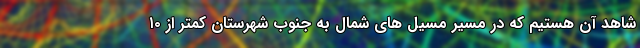
شاهد آن هستیم که در مسیر مسیل های شمال به جنوب شهرستان کمتر از ۱۰